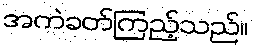
အကဲခတ်ကြည့်သည်။